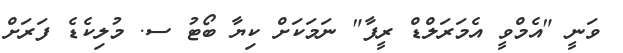
ވަނީ "އެމްވީ އެމަރަލްޑް ރީފާ" ނަމަކަށް ކިޔާ ބޯޓު ސ. މުލިކެޑެ ފަރަށް